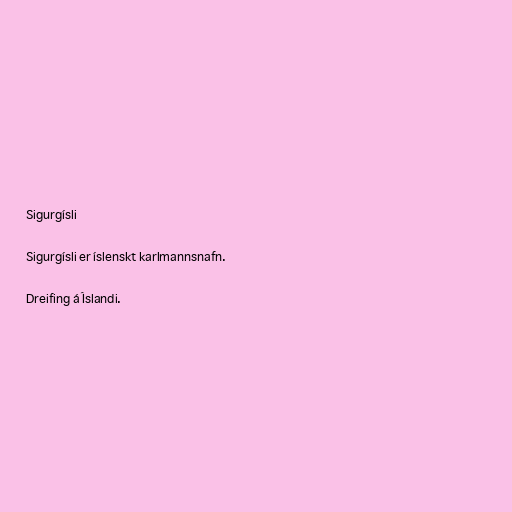
Sigurgísli

Sigurgísli er íslenskt karlmannsnafn.

Dreifing á Íslandi.